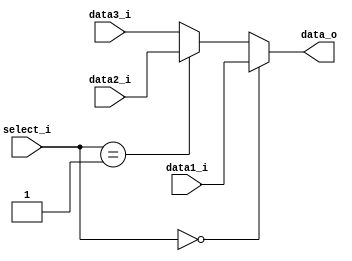
module MUX32_3(data1_i, data2_i, data3_i, select_i, data_o);

input	[1:0]	select_i;
input	[31:0]	data1_i, data2_i, data3_i;
output	[31:0]	data_o;

assign data_o = (select_i==2'b00) ? data1_i :
				(select_i==2'b01) ? data2_i : data3_i;

endmodule